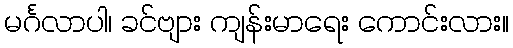
မင်္ဂလာပါ၊ ခင်ဗျား ကျန်းမာရေး ကောင်းလား။